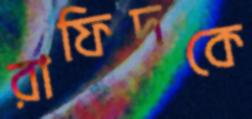
রাফিদকে